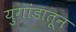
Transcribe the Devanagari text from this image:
युगांडातून